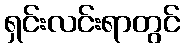
ရှင်းလင်းရာတွင်